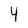
Character: 4